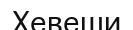
Хевеши